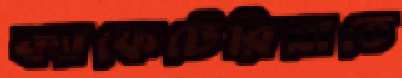
ক্যাফেটেরিয়াতে